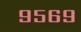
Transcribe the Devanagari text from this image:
९५६९